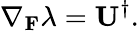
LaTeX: \nabla_{\mathbf{F}}\lambda=\mathbf{U}^{\dagger}.